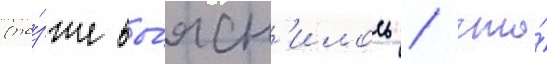
(по́зже вы́ясн'илось / что́